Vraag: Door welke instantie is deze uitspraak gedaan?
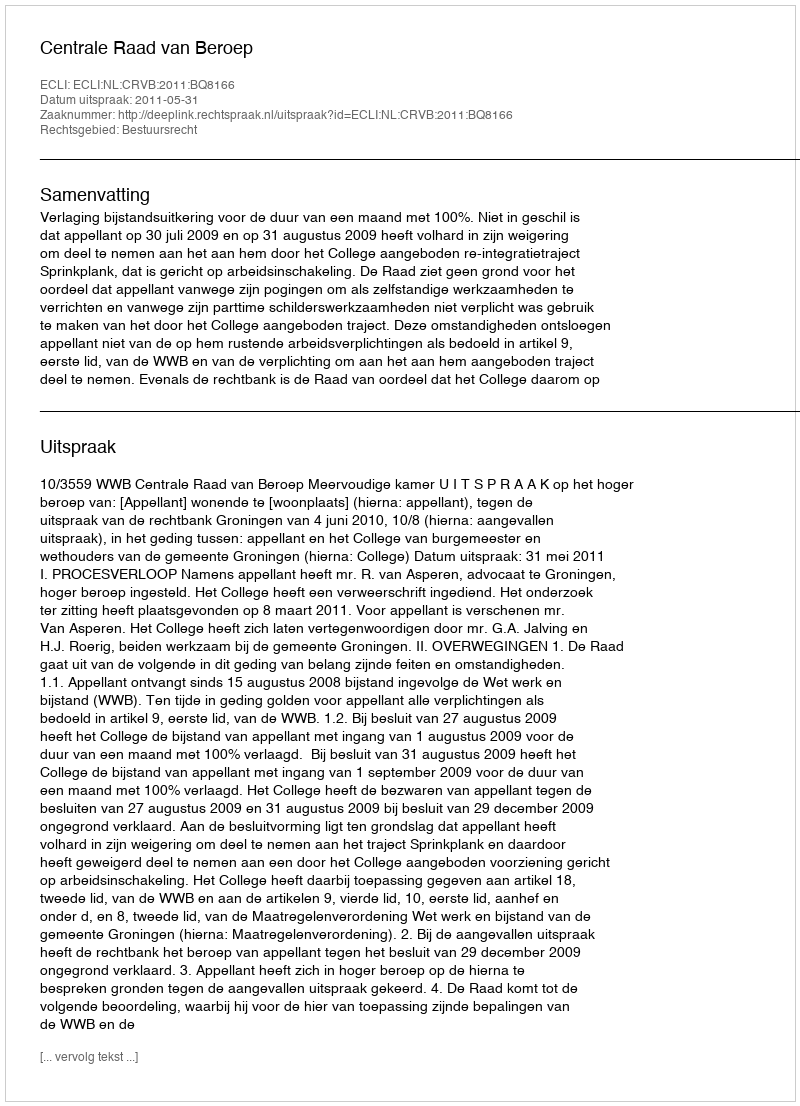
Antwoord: Centrale Raad van Beroep